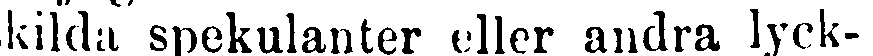
kilda spekulanter eller andra lyck-